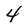
Character: 4